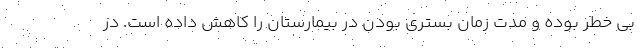
بی خطر بوده و مدت زمان بستری بودن در بیمارستان را کاهش داده است. در